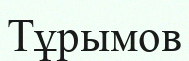
Тұрымов